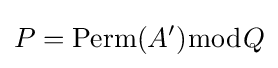
P=\operatorname {Perm} (A'){\bmod {Q}}